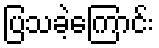
ပြသခဲ့ကြောင်း